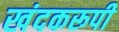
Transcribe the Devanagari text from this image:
खंदकरूपी